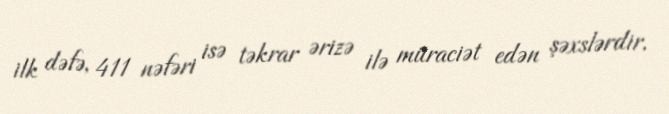
ilk dəfə, 411 nəfəri isə təkrar ərizə ilə müraciət edən şəxslərdir.